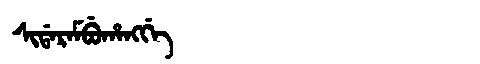
Manchu: ᠰᡳᡩᠠᡵᠠᠮᠪᡠᡥᠠᠩᡤᡝ
Romanization: SIDARAMBUHANGGE